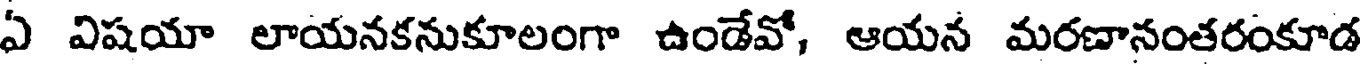
ఏ విషయా లాయనకనుకూలంగా ఉండేవో, ఆయన మరణానంతరంకూడ